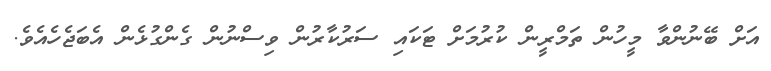
އަށް ބޭނުންވާ މީހުން ތަމްރީން ކުރުމަށް ޓަކައި ސަރުކާރުން ވިސްނުން ގެންގުޅެން އެބަޖެހެއެވެ.